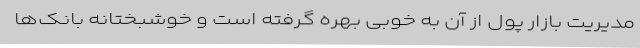
مدیریت بازار پول از آن به خوبی بهره گرفته است و خوشبختانه بانک‌ها